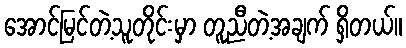
အောင်မြင်တဲ့သူတိုင်းမှာ တူညီတဲ့အချက် ရှိတယ်။